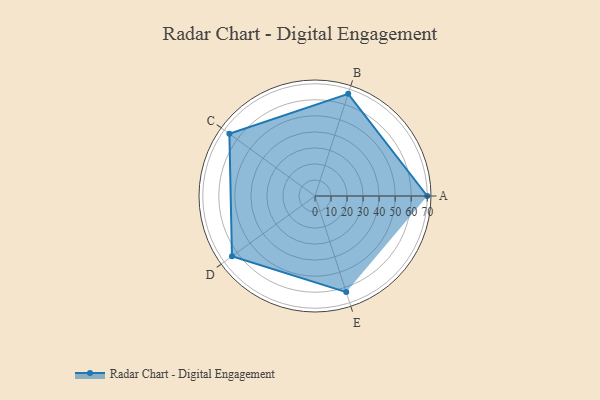
{"axis": {"x": "Skill", "y": "Score"}, "legend": ["Profile"], "data": [{"x": "A", "y": 70.0, "type": "Profile"}, {"x": "B", "y": 67.0, "type": "Profile"}, {"x": "C", "y": 66.0, "type": "Profile"}, {"x": "D", "y": 64.0, "type": "Profile"}, {"x": "E", "y": 63.0, "type": "Profile"}]}